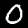
Digit: 0